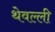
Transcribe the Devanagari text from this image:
थेवल्ली